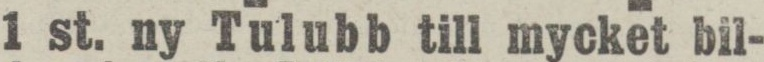
1 st. ny Tulubb till mycket bil-